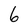
Character: 6